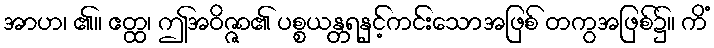
အာဟ၊ ၏။ ဧတ္ထ၊ ဤအဝိဇ္ဇာ၏ ပစ္စယန္တရနှင့်ကင်းသောအဖြစ် တကွအဖြစ်၌။ ကိံ